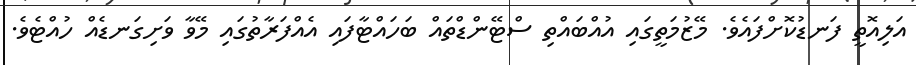
އަލިއޮތީ ފަނޑުކޮށްފައެވެ. މޭޒުމަތީގައި އުއްބައްތި ސްޓޭންޑްތައް ބަހައްޓާފައި އެއްފަރާތުގައި މޭވާ ވަށިގަނޑެއް ހުއްޓެވެ.